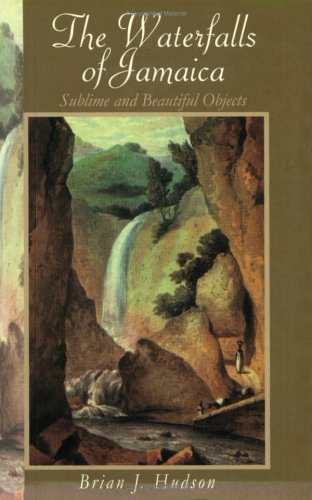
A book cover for Waterfalls of Jamaica: Sublime and Beautiful Objects; Brian J. Hudson; Travel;